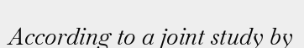
According to a joint study by